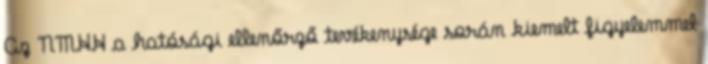
Az NMHH a hatósági ellenőrző tevékenysége során kiemelt figyelemmel